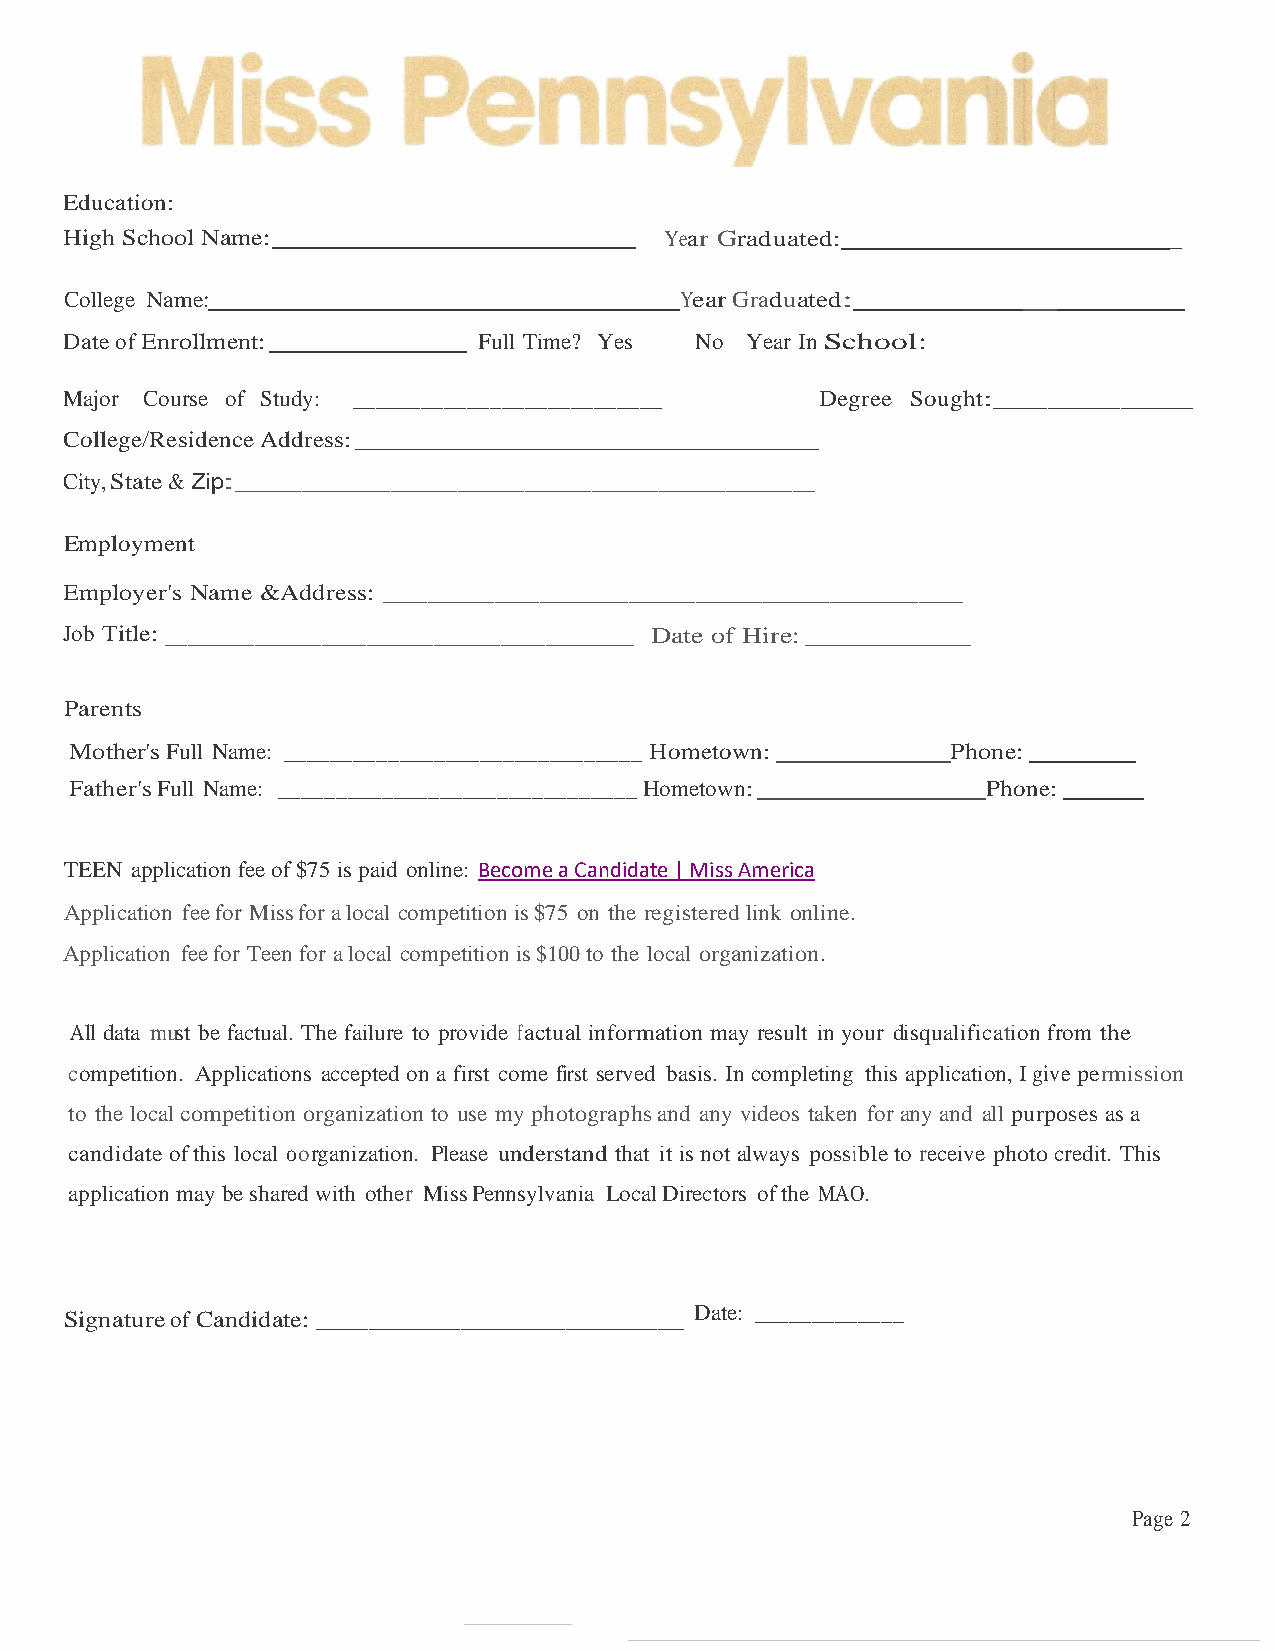
Education:
 High School Name:                       Year Graduated:                  _
 College Name:                            Year Graduated:        _        _
 Date of Enrollment:         Full Time? Yes No Year In School:
 Major Course of Study: ___________________________ Degree Sought:___________
 College/Residence Address: _______________________________________________
 City, State & Zip:__________________________
 Employment
 Employer's Name &Address: __________________________
 Job Title: _____________________       Date of Hire: ______________
 Parents
 Mother's Full Name: _______________________________ Hometown: Phone:
 Father's Full Name: _______________________________ Hometown: Phone:
 TEEN application fee of $75 is paid online: Become a Candidate | Miss America
 Application fee for Miss for a local competition is $75 on the registered link online.
 Application fee for Teen for a local competition is $100 to the local organization.
 All data must be factual. The failure to provide factual information may result in your disqualification from the
 competition. Applications accepted on a first come first served basis. In completing this application, I give permission
 to the local competition organization to use my photographs and any videos taken for any and all purposes as a
 candidate of this local o organization. Please understand that it is not always possible to receive photo credit. This
 application may be shared with other Miss Pennsylvania Local Directors of the MAO.
 Signature of Candidate: ____________________________ Date: _____________
 Page 2